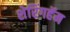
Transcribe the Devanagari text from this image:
शेरिंगहॅम